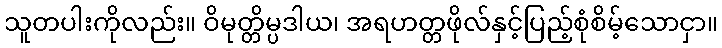
သူတပါးကိုလည်း။ ဝိမုတ္တိမ္ပဒါယ၊ အရဟတ္တဖိုလ်နှင့်ပြည့်စုံစိမ့်သောငှာ။